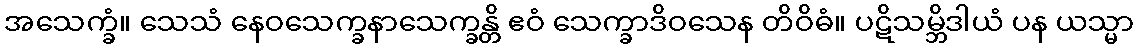
အသေက္ခံ။ သေသံ နေဝသေက္ခနာသေက္ခန္တိ ဧဝံ သေက္ခာဒိဝသေန တိဝိဓံ။ ပဋိသမ္ဘိဒါယံ ပန ယသ္မာ